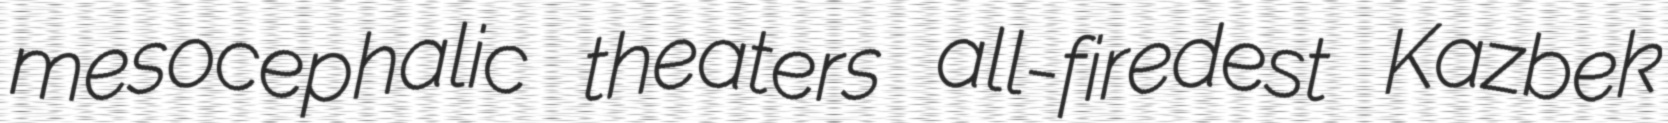
mesocephalic theaters all-firedest Kazbek